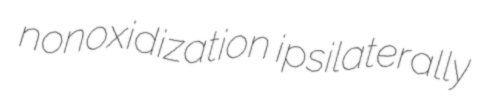
nonoxidization ipsilaterally